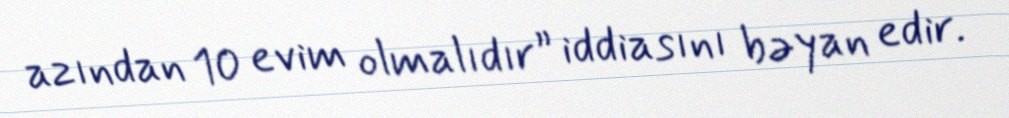
azından 10 evim olmalıdır” iddiasını bəyan edir.